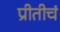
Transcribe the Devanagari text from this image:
प्रीतीचं